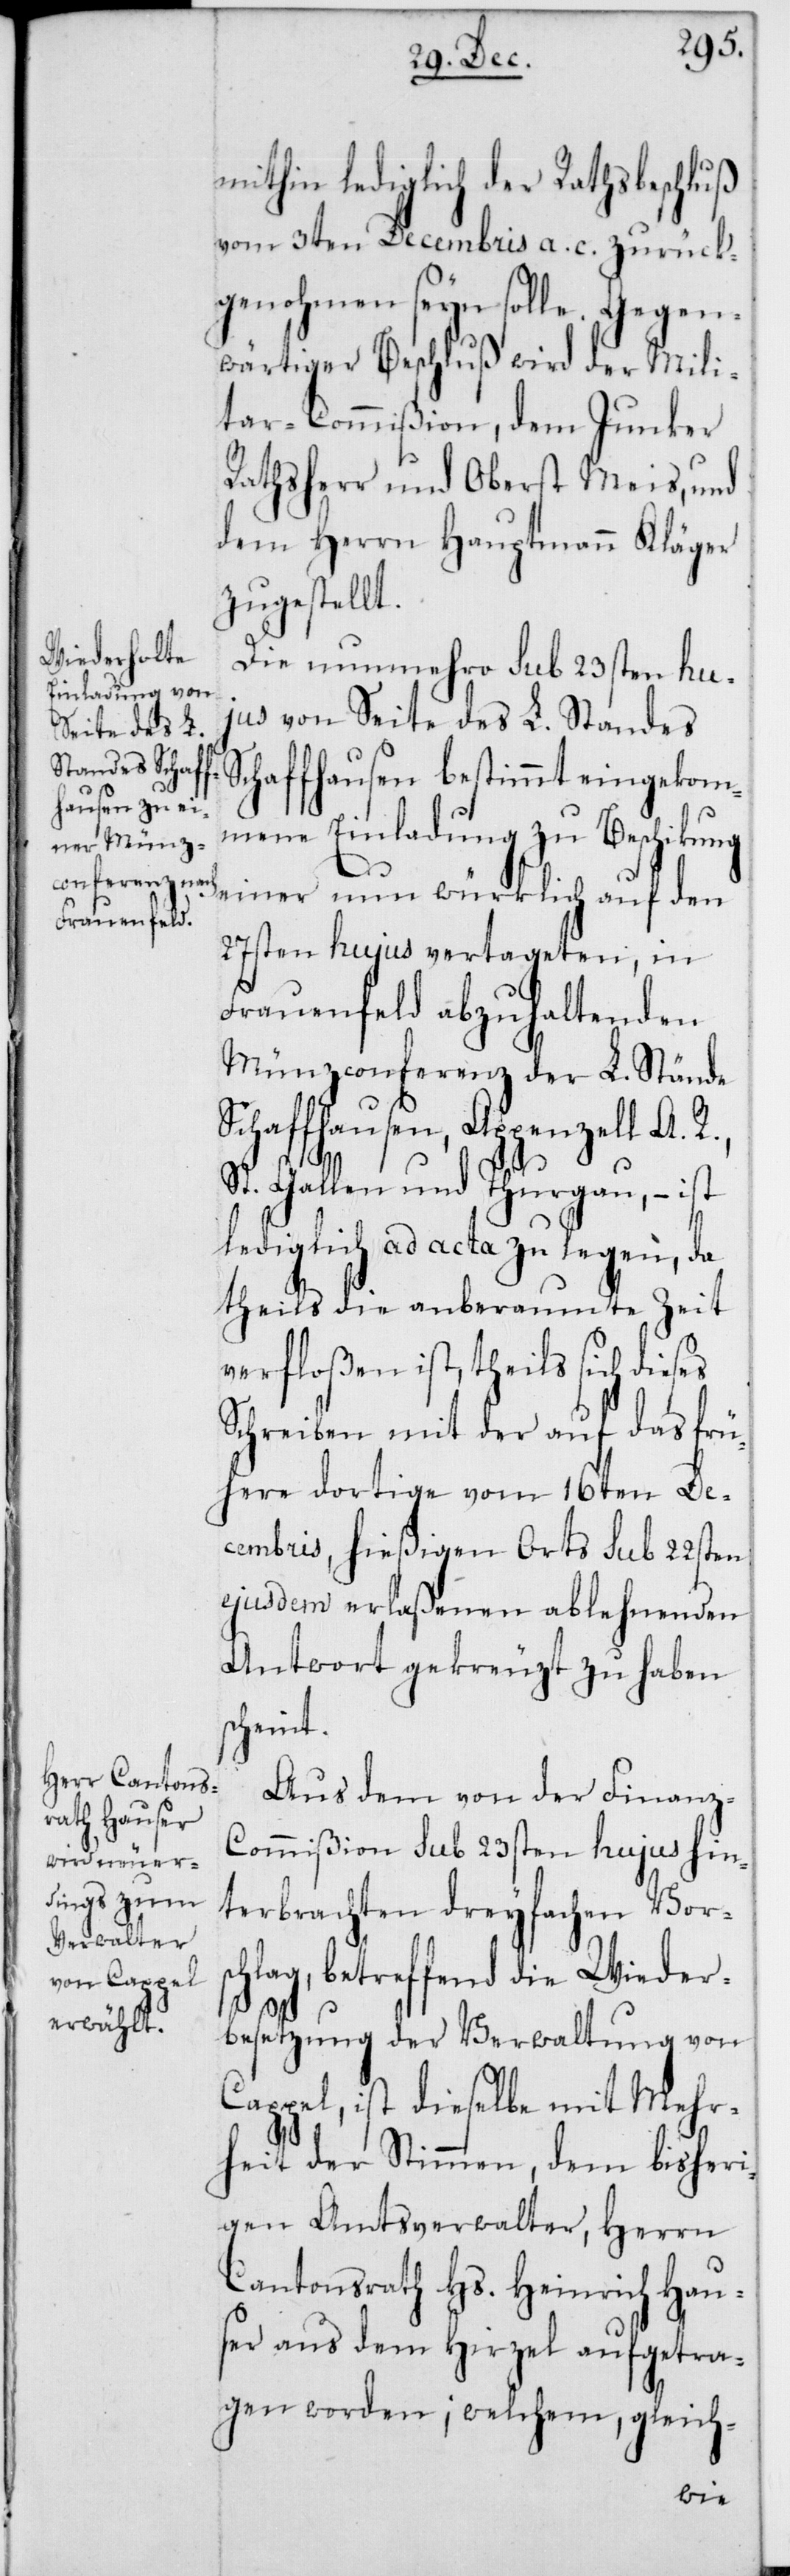
mithin lediglich der Rathsbeschluß
vom 3ten Decembris a. c. zurück¬
genohmen seyn solle.
wärtiger Beschluß wird der Mili¬
tar-Commißion, dem Junker
Rathsherr und Oberst Meis, und
dem Herrn Hauptmann Kläger
zugestellt.
Die nunmehro sub 23sten hu¬
jus von Seite des L. Standes
Schaffhausen bestimmt eingekom¬
mene Einladung zu Beschickung
einer nun würklich auf den
27sten hujus vertageten, in
Frauenfeld abzuhaltenden
Münzconferenz der L. Stände
Schaffhausen, Appenzell A. R.,
St. Gallen und Thurgau, – ist
lediglich ad acta zu legen, da
theils die anberaumte Zeit
verfloßen ist, theils sich dieses
Schreiben mit der auf das frü¬
here dortige vom 16ten De¬
cembris, hießigen Orts sub 22sten
ejusdem erlaßenen ablehnenden
Antwort gekreuzt zu haben
scheint.
Aus dem von der Finanz-C¬
ommißion sub 23sten hujus hin¬
terbrachten dreyfachen Vors¬
chlag, betreffend die Wieder¬
besetzung der Verwaltung von
Cappel, ist dieselbe mit Mehr¬
heit der Stimmen, dem bisheri¬
gen Amtsverwalter, Herrn
Cantonsrath Hs. Heinrich Hau¬
ser aus dem Hirzel aufgetra¬
gen worden; welchem gleich-
Gegen¬